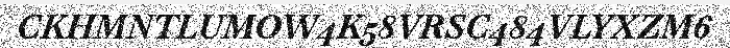
CKHMNTLUMOW4K58VRSC484VLYXZM6